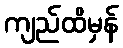
ကျည်ထိမှန်